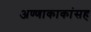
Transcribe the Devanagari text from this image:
अण्णाकाकांसह